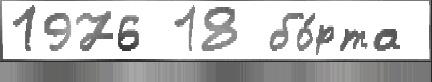
1976 18 бо́рта